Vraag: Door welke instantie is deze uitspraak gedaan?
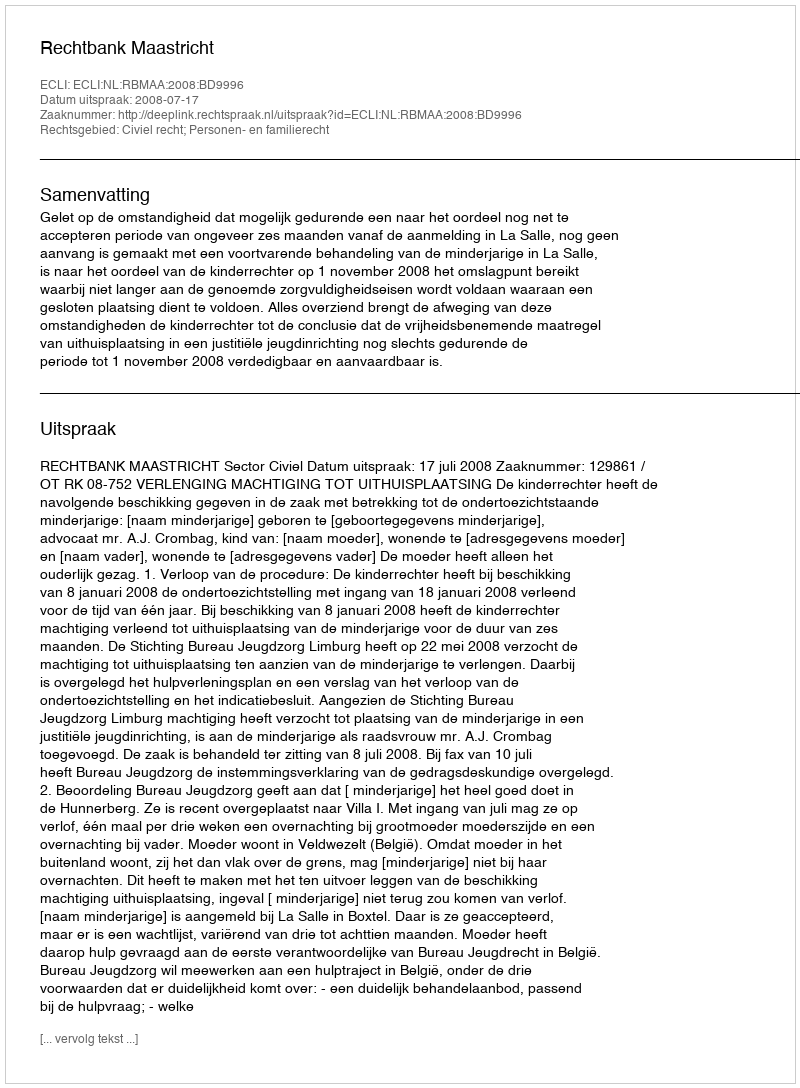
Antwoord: Rechtbank Maastricht